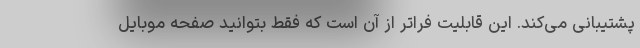
پشتیبانی می‌کند. این قابلیت فراتر از آن است که فقط بتوانید صفحه موبایل